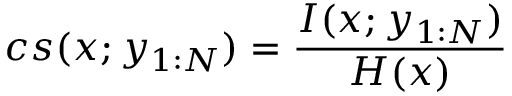
c s ( x ; y _ { 1 : N } ) = \frac { I ( x ; y _ { 1 : N } ) } { H ( x ) }